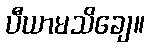
ပီယာမသိချေ။